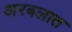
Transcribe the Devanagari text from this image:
अरबलात